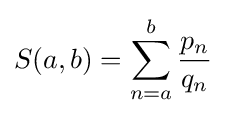
S(a,b)=\sum _{n=a}^{b}{\frac {p_{n}}{q_{n}}}